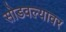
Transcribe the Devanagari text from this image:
सोडवल्यावर